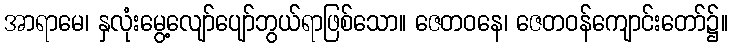
အာရာမေ၊ နှလုံးမွေ့လျော်ပျော်ဘွယ်ရာဖြစ်သော။ ဇေတဝနေ၊ ဇေတဝန်ကျောင်းတော်၌။